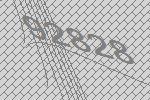
92828